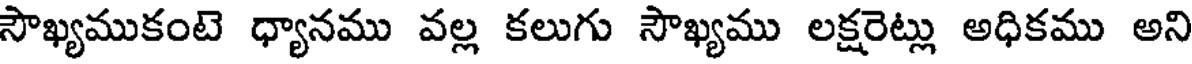
సౌఖ్యముకంటె ధ్యానము వల్ల కలుగు సౌఖ్యము లక్షరెట్లు అధికము అని